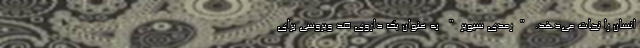
انسان را نجات می‌دهد. "رمدی سیویر" به عنوان یک داروی ضد ویروسی برای